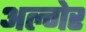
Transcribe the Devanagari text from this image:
अल्गेर